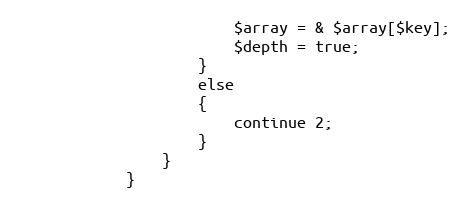
Language: PHP
						$array = & $array[$key];
						$depth = true;
					}
					else
					{
						continue 2;
					}
				}
			}